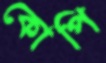
কোপি